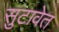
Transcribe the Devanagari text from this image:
सुटावेत